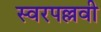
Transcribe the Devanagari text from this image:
स्वरपल्लवी